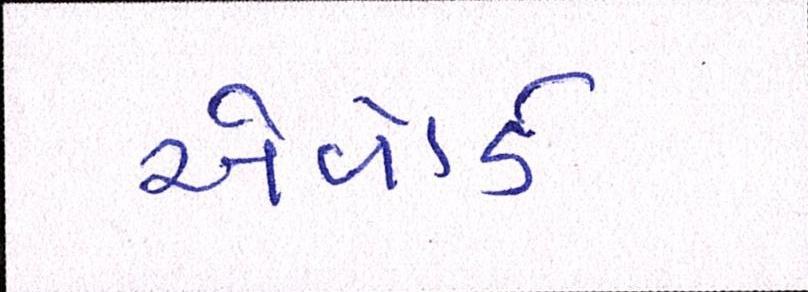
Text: એવૉર્ડ